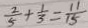
\frac { 2 } { 5 } + \frac { 1 } { 3 } = \frac { 1 1 } { 1 5 }